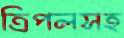
ত্রিপলসহ